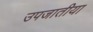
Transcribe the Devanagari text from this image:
उपजातीया